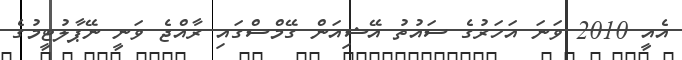
އެއީ 2010 ވަނަ އަހަރުގެ ސައުތު އޭޝިއަން ގޭމްސްގައި ރާއްޖެ ވަނީ ނޭޕާލުޓީމުގެ